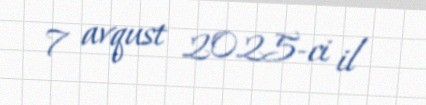
7 avqust 2025-ci il